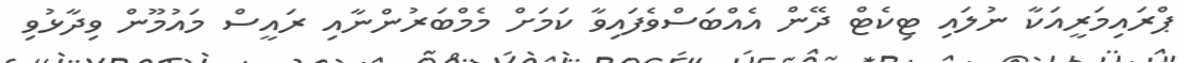
ޕްރައިމަރީއަކާ ނުލައި ޓިކެޓް ދޭން އެއްބަސްވެފައިވާ ކަމަށް މެމްބަރުންނާއި ރައީސް މައުމޫން ވިދާޅުވި